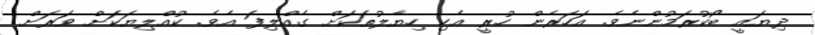
ދިޔައީ ބޯކުރަމުންނެވެ. އަހަރެން ހުރީ އެކި ހިޔާލުތަކަށް ގެއްލިފަ އެވެ. ކުއްލިޔަކަށް ވަރަށް